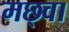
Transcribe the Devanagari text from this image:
मछ्वा